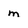
Character: m